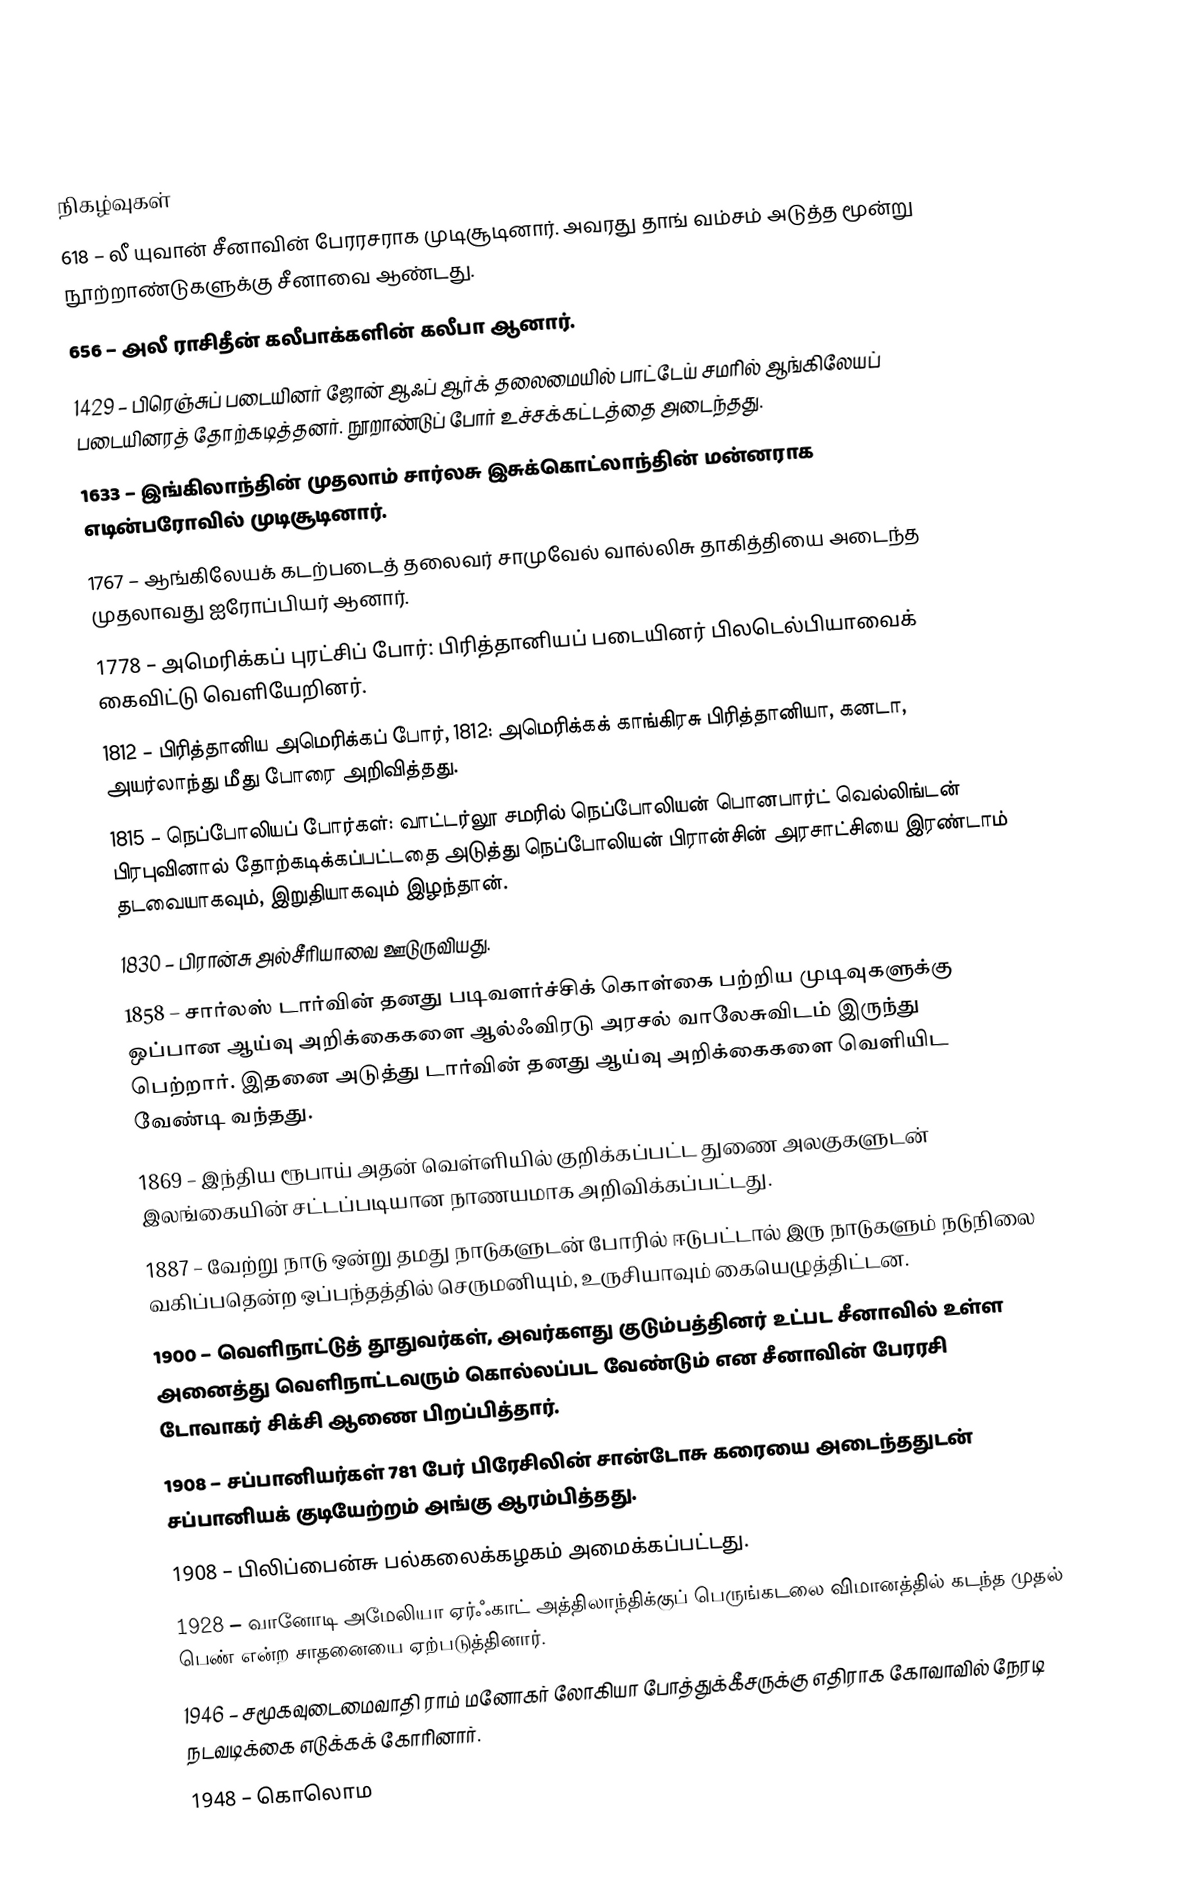

நிகழ்வுகள்
 618 – லீ யுவான் சீனாவின் பேரரசராக முடிசூடினார். அவரது தாங் வம்சம் அடுத்த மூன்று நூற்றாண்டுகளுக்கு சீனாவை ஆண்டது.
 656 – அலீ ராசிதீன் கலீபாக்களின் கலீபா ஆனார்.
1429 – பிரெஞ்சுப் படையினர் ஜோன் ஆஃப் ஆர்க் தலைமையில் பாட்டேய் சமரில் ஆங்கிலேயப் படையினரத் தோற்கடித்தனர். நூறாண்டுப் போர் உச்சக்கட்டத்தை அடைந்தது.
1633 – இங்கிலாந்தின் முதலாம் சார்லசு இசுக்கொட்லாந்தின் மன்னராக எடின்பரோவில் முடிசூடினார்.
1767 – ஆங்கிலேயக் கடற்படைத் தலைவர் சாமுவேல் வால்லிசு தாகித்தியை அடைந்த முதலாவது ஐரோப்பியர் ஆனார்.
1778 – அமெரிக்கப் புரட்சிப் போர்: பிரித்தானியப் படையினர் பிலடெல்பியாவைக் கைவிட்டு வெளியேறினர்.
1812 – பிரித்தானிய அமெரிக்கப் போர், 1812: அமெரிக்கக் காங்கிரசு பிரித்தானியா, கனடா, அயர்லாந்து மீது போரை அறிவித்தது.
1815 – நெப்போலியப் போர்கள்: வாட்டர்லூ சமரில் நெப்போலியன் பொனபார்ட் வெல்லிங்டன் பிரபுவினால் தோற்கடிக்கப்பட்டதை அடுத்து நெப்போலியன் பிரான்சின் அரசாட்சியை இரண்டாம் தடவையாகவும், இறுதியாகவும் இழந்தான்.
1830 – பிரான்சு அல்சீரியாவை ஊடுருவியது.
1858 – சார்லஸ் டார்வின் தனது படிவளர்ச்சிக் கொள்கை பற்றிய முடிவுகளுக்கு ஒப்பான ஆய்வு அறிக்கைகளை ஆல்ஃவிரடு அரசல் வாலேசுவிடம் இருந்து பெற்றார். இதனை அடுத்து டார்வின் தனது ஆய்வு அறிக்கைகளை வெளியிட வேண்டி வந்தது.
1869 – இந்திய ரூபாய் அதன் வெள்ளியில் குறிக்கப்பட்ட துணை அலகுகளுடன் இலங்கையின் சட்டப்படியான நாணயமாக அறிவிக்கப்பட்டது.
1887 – வேற்று நாடு ஒன்று தமது நாடுகளுடன் போரில் ஈடுபட்டால் இரு நாடுகளும் நடுநிலை வகிப்பதென்ற ஒப்பந்தத்தில் செருமனியும், உருசியாவும் கையெழுத்திட்டன.
1900 – வெளிநாட்டுத் தூதுவர்கள், அவர்களது குடும்பத்தினர் உட்பட சீனாவில் உள்ள அனைத்து வெளிநாட்டவரும் கொல்லப்பட வேண்டும் என சீனாவின் பேரரசி டோவாகர் சிக்சி ஆணை பிறப்பித்தார்.
1908 – சப்பானியர்கள் 781 பேர் பிரேசிலின் சான்டோசு கரையை அடைந்ததுடன் சப்பானியக் குடியேற்றம் அங்கு ஆரம்பித்தது.
1908 – பிலிப்பைன்சு பல்கலைக்கழகம் அமைக்கப்பட்டது.
1928 – வானோடி அமேலியா ஏர்ஃகாட் அத்திலாந்திக்குப் பெருங்கடலை விமானத்தில் கடந்த முதல் பெண் என்ற சாதனையை ஏற்படுத்தினார்.
1946 – சமூகவுடைமைவாதி ராம் மனோகர் லோகியா போத்துக்கீசருக்கு எதிராக கோவாவில் நேரடி நடவடிக்கை எடுக்கக் கோரினார்.
1948 – கொலொம